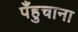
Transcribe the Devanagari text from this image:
पँहुचाना